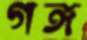
গঙ্গ